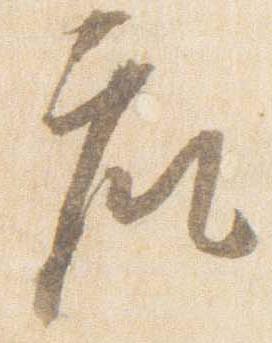
座